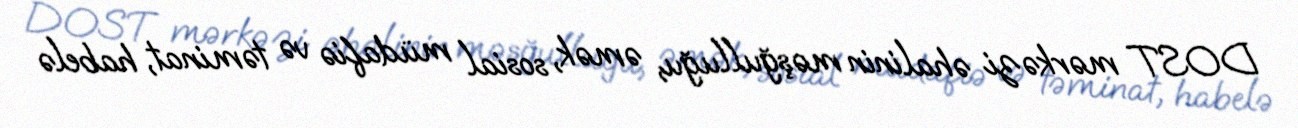
DOST mərkəzi əhalinin məşğulluğu, əmək, sosial müdafiə və təminat, habelə